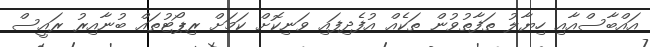
އައްބާސްއާއި ހިޔާލު ތަފާތުވުން ތަކެއް އުފެދިފައި ވަނިކޮށް ކަމަށް ރިޕޯޓުތައް ބުނާއިރު ރައީސް